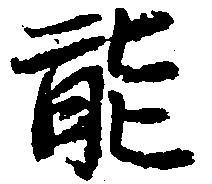
能